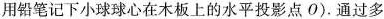
用铅笔记下小球球心在木板上的水平投影点O)。通过多